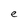
Character: e